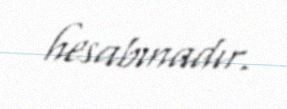
hesabınadır.